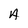
Character: A